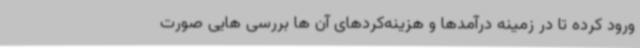
ورود کرده تا در زمینه درآمدها و هزینه‌کردهای آن ها بررسی هایی صورت